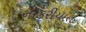
નોકરીયાત